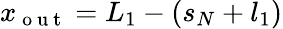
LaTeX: x_{\mathrm{~o~u~t~}}=L_{1}-\left(s_{N}+l_{1}\right)